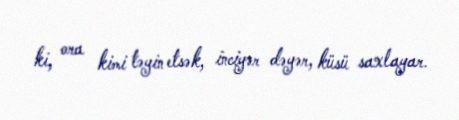
ki, ora kimi təyin etsək, inciyər dəyər, küsü saxlayar.